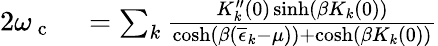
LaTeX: \begin{array}{rl}{2\omega_{\mathrm{~c~}}}&{{}=\sum_{k}\frac{K_{k}^{\prime\prime}(0)\sinh\left(\beta K_{k}(0)\right)}{\cosh\left(\beta\left(\overline{{\epsilon}}_{k}-\mu\right)\right)+\cosh\left(\beta K_{k}(0)\right)}}\end{array}